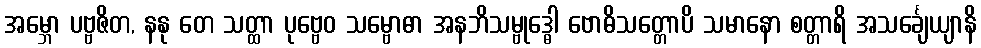
အမ္ဘော ပဗ္ဗဇိတ, နနု တေ သတ္ထာ ပုဗ္ဗေဝ သမ္ဗောဓာ အနဘိသမ္ဗုဒ္ဓေါ ဗောဓိသတ္တောပိ သမာနော စတ္တာရိ အသင်္ချေယျာနိ